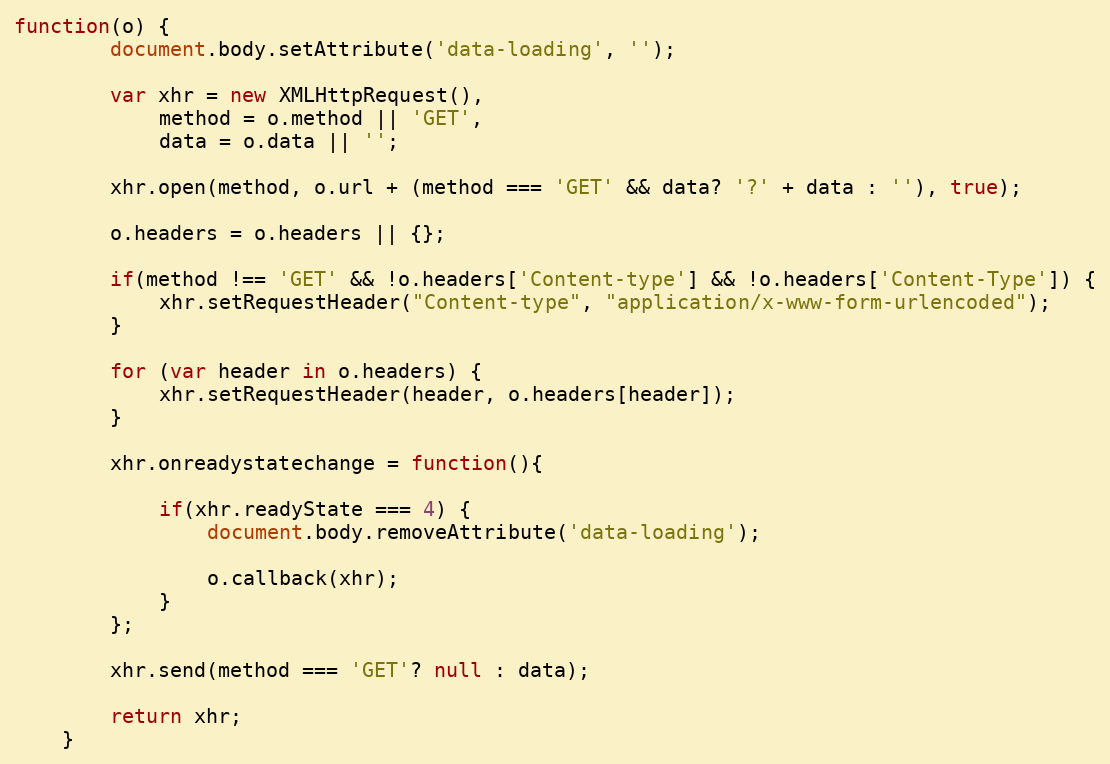
Language: JavaScript
function(o) {
		document.body.setAttribute('data-loading', '');

		var xhr = new XMLHttpRequest(),
			method = o.method || 'GET',
			data = o.data || '';

		xhr.open(method, o.url + (method === 'GET' && data? '?' + data : ''), true);

		o.headers = o.headers || {};

		if(method !== 'GET' && !o.headers['Content-type'] && !o.headers['Content-Type']) {
			xhr.setRequestHeader("Content-type", "application/x-www-form-urlencoded");
		}

		for (var header in o.headers) {
			xhr.setRequestHeader(header, o.headers[header]);
		}

		xhr.onreadystatechange = function(){

			if(xhr.readyState === 4) {
				document.body.removeAttribute('data-loading');

				o.callback(xhr);
			}
		};

		xhr.send(method === 'GET'? null : data);

		return xhr;
	}